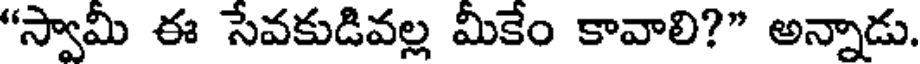
"స్వామీ ఈ సేవకుడివల్ల మీకేం కావాలి?" అన్నాడు.